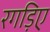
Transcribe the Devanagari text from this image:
रगड़िए